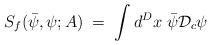
LaTeX: \begin{align*}S_f({\bar\psi},\psi;A) \;=\;\int d^Dx \; {\bar\psi}{\mathcal D}_c \psi\end{align*}